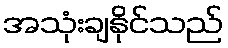
အသုံးချနိုင်သည်